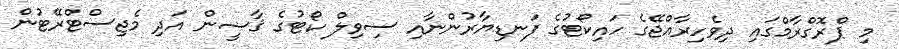
މި ޕްރޮގްރާމްގައި ދިވެހިރާއްޖޭގެ ހައިކޯޓުގެ ފަނޑިޔާރުންނާއި ސިވިލް ކޯޓުގެ ޤާޟީން އަދި މެޖިސްޓްރޭޓުން